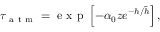
\tau _ { \mathrm { ~ a ~ t ~ m ~ } } = \mathrm { ~ e ~ x ~ p ~ } \left[ - \alpha _ { 0 } z e ^ { - h / \tilde { h } } \right] ,